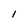
Character: 1